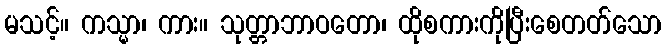
မသင့်။ ကသ္မာ၊ ကား။ သုတ္တာဘာဝတော၊ ထိုစကားကိုပြီးစေတတ်သော